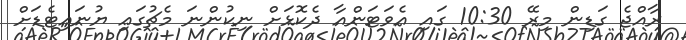
ރާއްޖެ ގަޑިން މިރޭ 10:30 ގައި އެވަޓަންއާ ދެކޮޅަށް ނިކުންނަ މެޗުގައި ޔުނައިޓެޑަށް